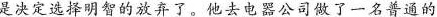
是决定选择明智的放弃了。他去电器公司做了一名普通